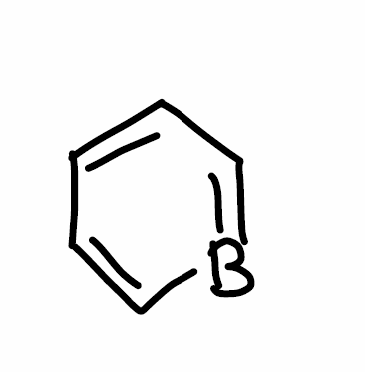
Simplified molecular-input line-entry system (SMILES) notation of the given molecule:
B1=CC=CC=C1